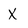
Character: X